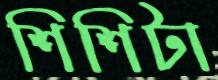
শিশিটা